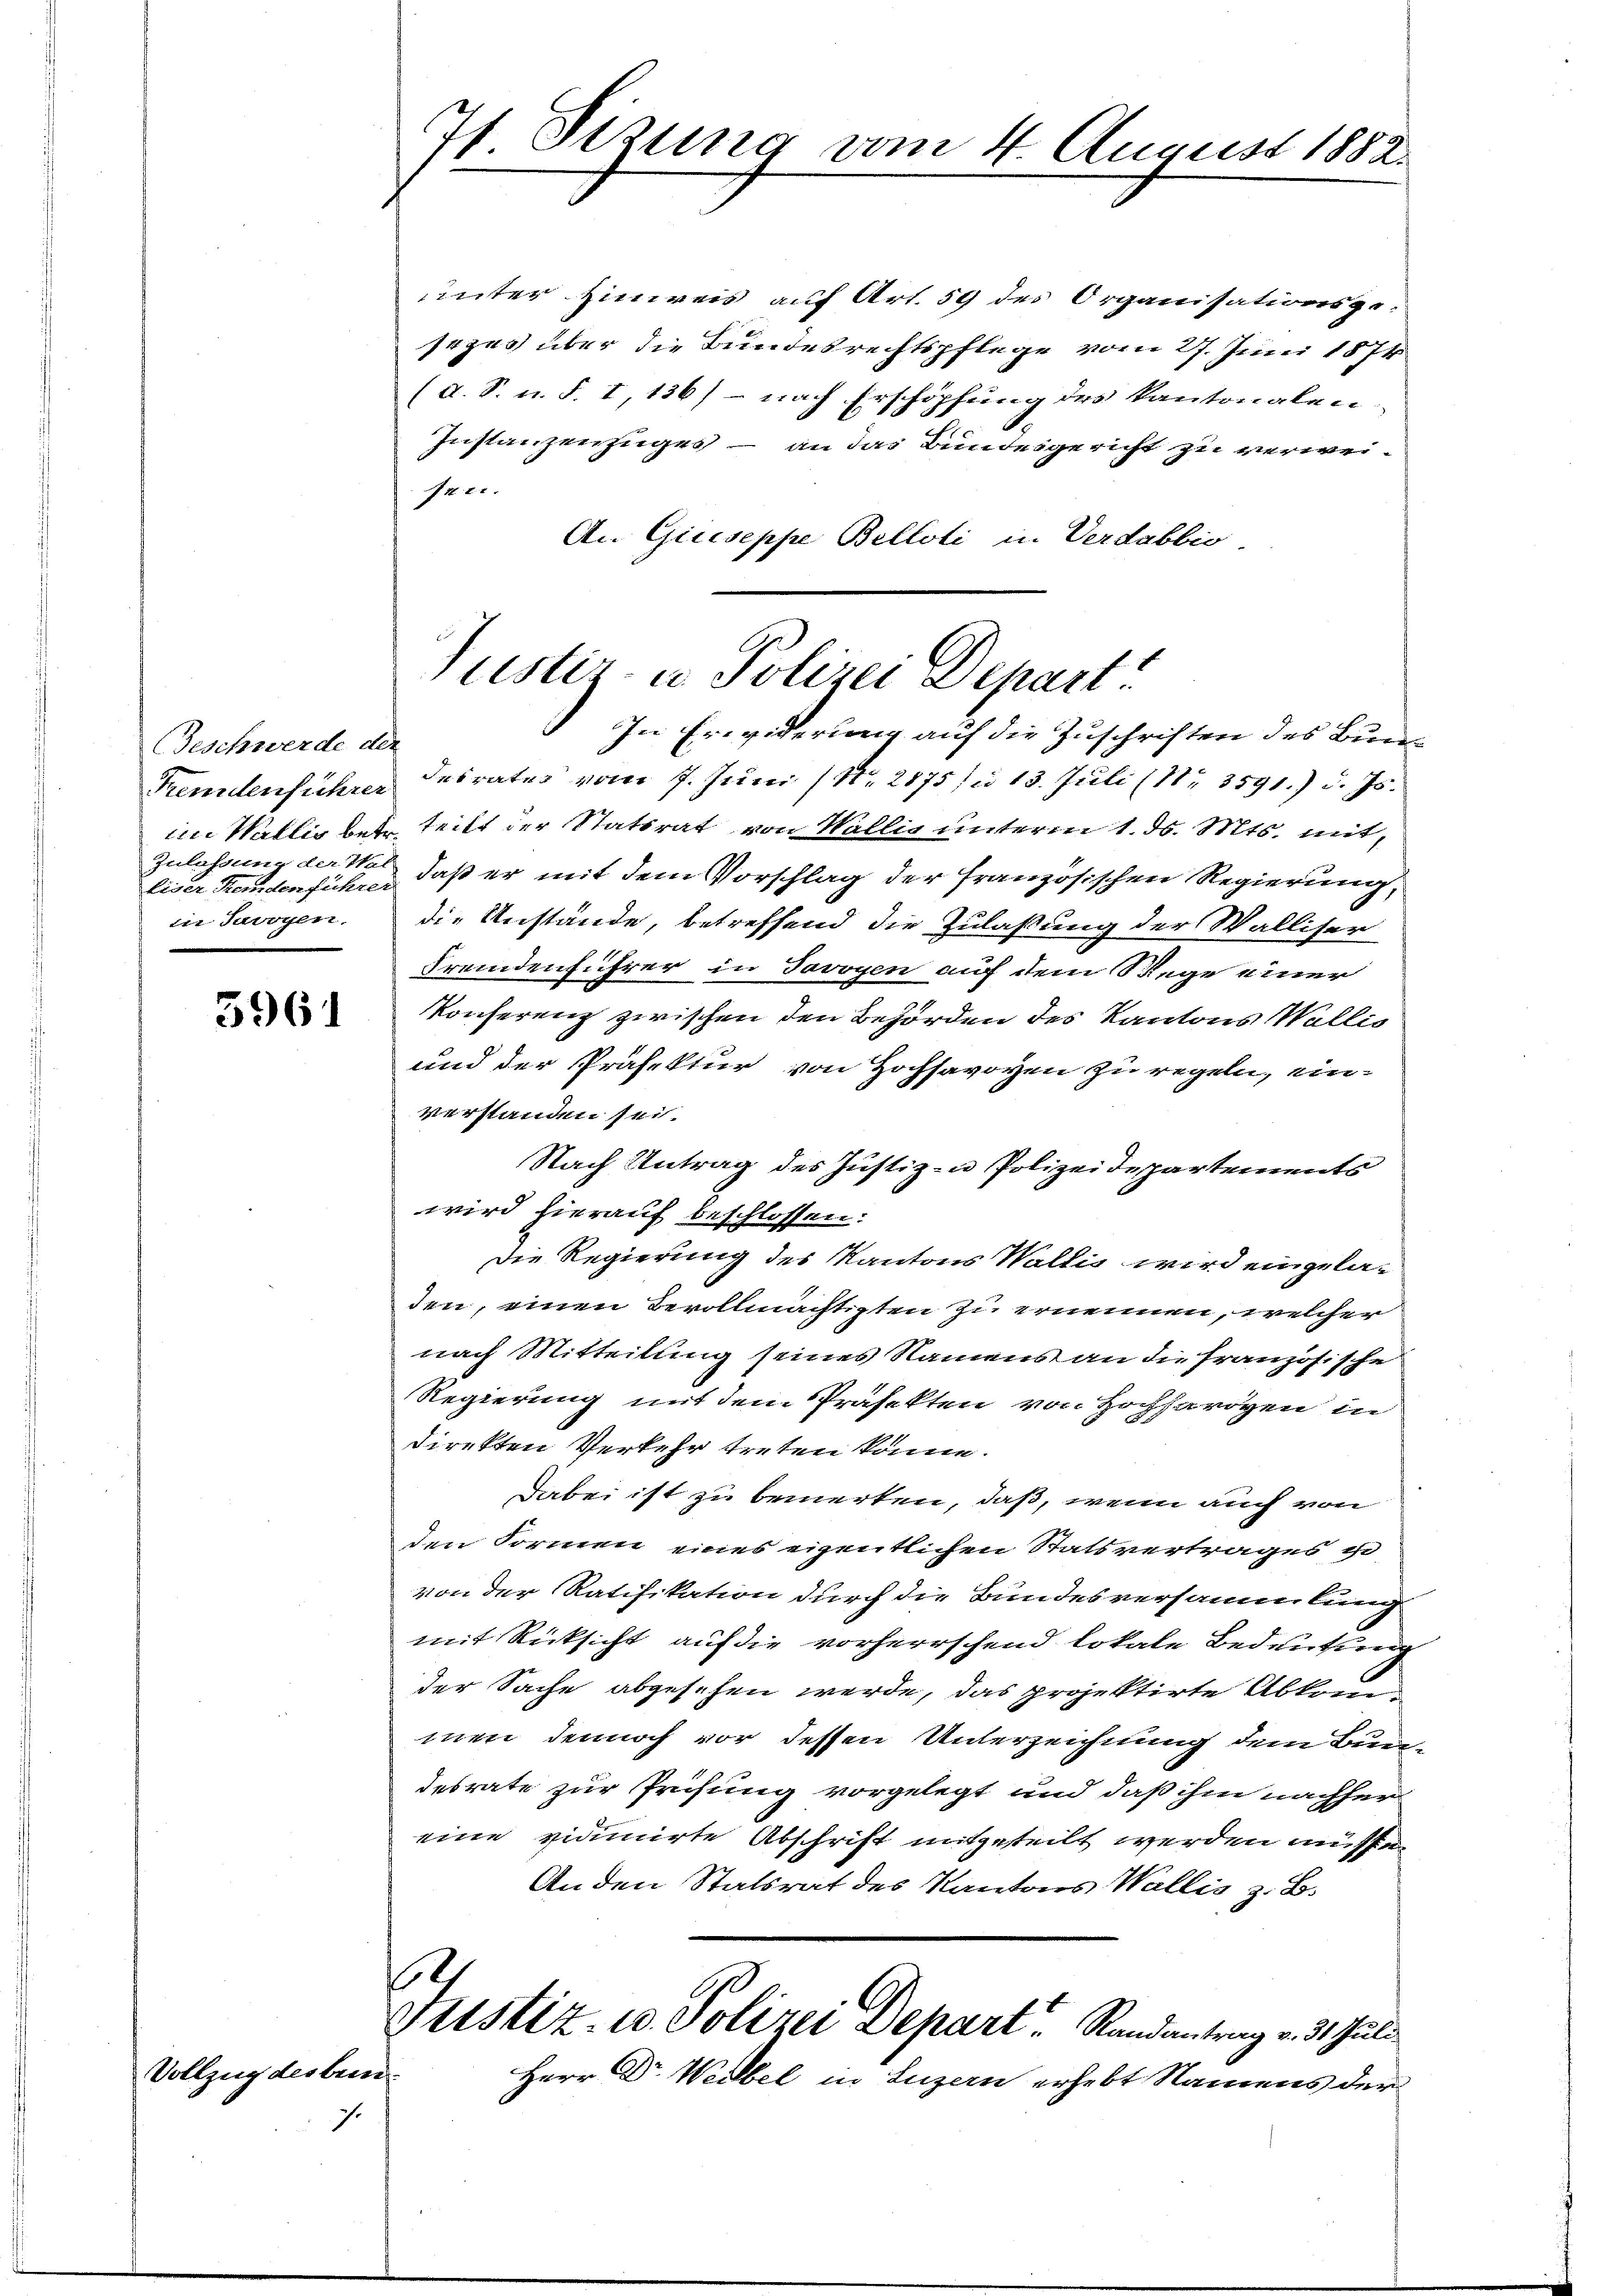
Beschwerde der
liser Hemdenführer
in Savoyen.

5961

unter Hinweis auf Art. 59 des Organisationsge-
sezes über die Bundesrechtspflege vom 27. Juni 1874
(d. S. u. S. I, 136) - nach Erschöpfung des kantonalen.
Instanzenzuges – an das Bundesgericht zu verweirt.
An Giuseppe Belloti in Verdabbio
In Erwiderung auf die Zuschriften des Bun¬
Fremdenführer desrates vom 7. Juni (N. 2875 n 13. Juli (Nr. 3591.) d. Js.
im Wallig betr. tritt der Statsrat von Wallis unterm 1. d. Mts. mit
Zulassung der Wol daß er mit dem Vorschlag der französischen Regierung,
die Anstände, betreffend die Zulaßung der Walliser
Fremdenführer in Javoyen auf dem Wege einer
Konferenz zwischen den Behörden des Kantons Wallis
und der Präfektur von Hochsavoyen zu regeln, unverstanden sei.
Nach Antrag des Justiz- u Polizeidepartements
wird hierauf beschlossen:
Die Regierung des Kantons Waltig wird eingeladen, einen Bevollmächtigten zu ernennen, welcher
nach Mitteilung seines Namens an die französische
Regierung mit dem Präfekten von Hochherigen in
direkten Verkehr treten könne.
Dabei ist zu bemerken, daß, wenn auch von
den Formen eines eigentlichen Statsvertrages u
von der Ratifikation durch die Bundesversammlung
mit Rücksicht auf die vorherrschend lokale Bedeutung
der Sache abgesehen werde, das projektirte Abkommen dennoch vor dessen Unterzeichnung dem Bundesrate zur Prüfung vorgelegt und daß ihm nachher
eine vidimirte Abschrift mitgeteilt werden müssen
An den Statsrat des Kantons Wallis z. B.
.
Justiz- u. Polizei Depart. Randantrag v. 3. Juli
Herr Dr. Weibel in Luzern erhebt Namens der

Vollzug des bun
.

7t Sitzung vom 4. August 1882.

Justiz- u Polizei Depart